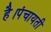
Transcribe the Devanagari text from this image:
है।पंचायती